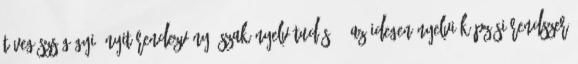
távegészségügyi. Nyitórendezvény „Szak-nyelv-tudás” – Az idegen nyelvi képzési rendszer